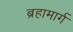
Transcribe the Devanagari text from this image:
ब्रहामार्ग